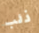
ذئب